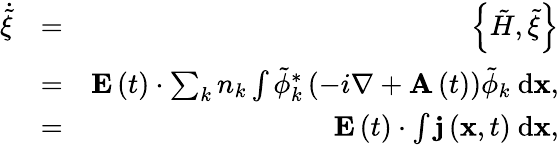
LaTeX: \begin{array}{rlr}{\dot{\tilde{\xi}}}&{=}&{\left\{ \tilde{H},\tilde{\xi}\right\} }\\ &{=}&{{\mathbf E}\left(t\right)\cdot\sum_{k}{n_{k}\int{\tilde{\phi}_{k}^{*}\left(-i\nabla+{\mathbf A}\left(t\right)\right)\tilde{\phi}_{k}\ \mathrm{d}{\mathbf x}}},}\\ &{=}&{{\mathbf E}\left(t\right)\cdot\int{{\mathbf j}\left({\mathbf x},t\right)\ \mathrm{d}{\mathbf x}},}\end{array}